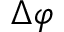
\Delta \varphi